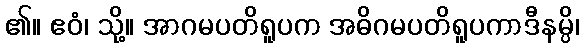
၏။ ဧဝံ၊ သို့။ အာဂမပတိရူပက အဓိဂမပတိရူပကာဒီနမ္ပိ၊